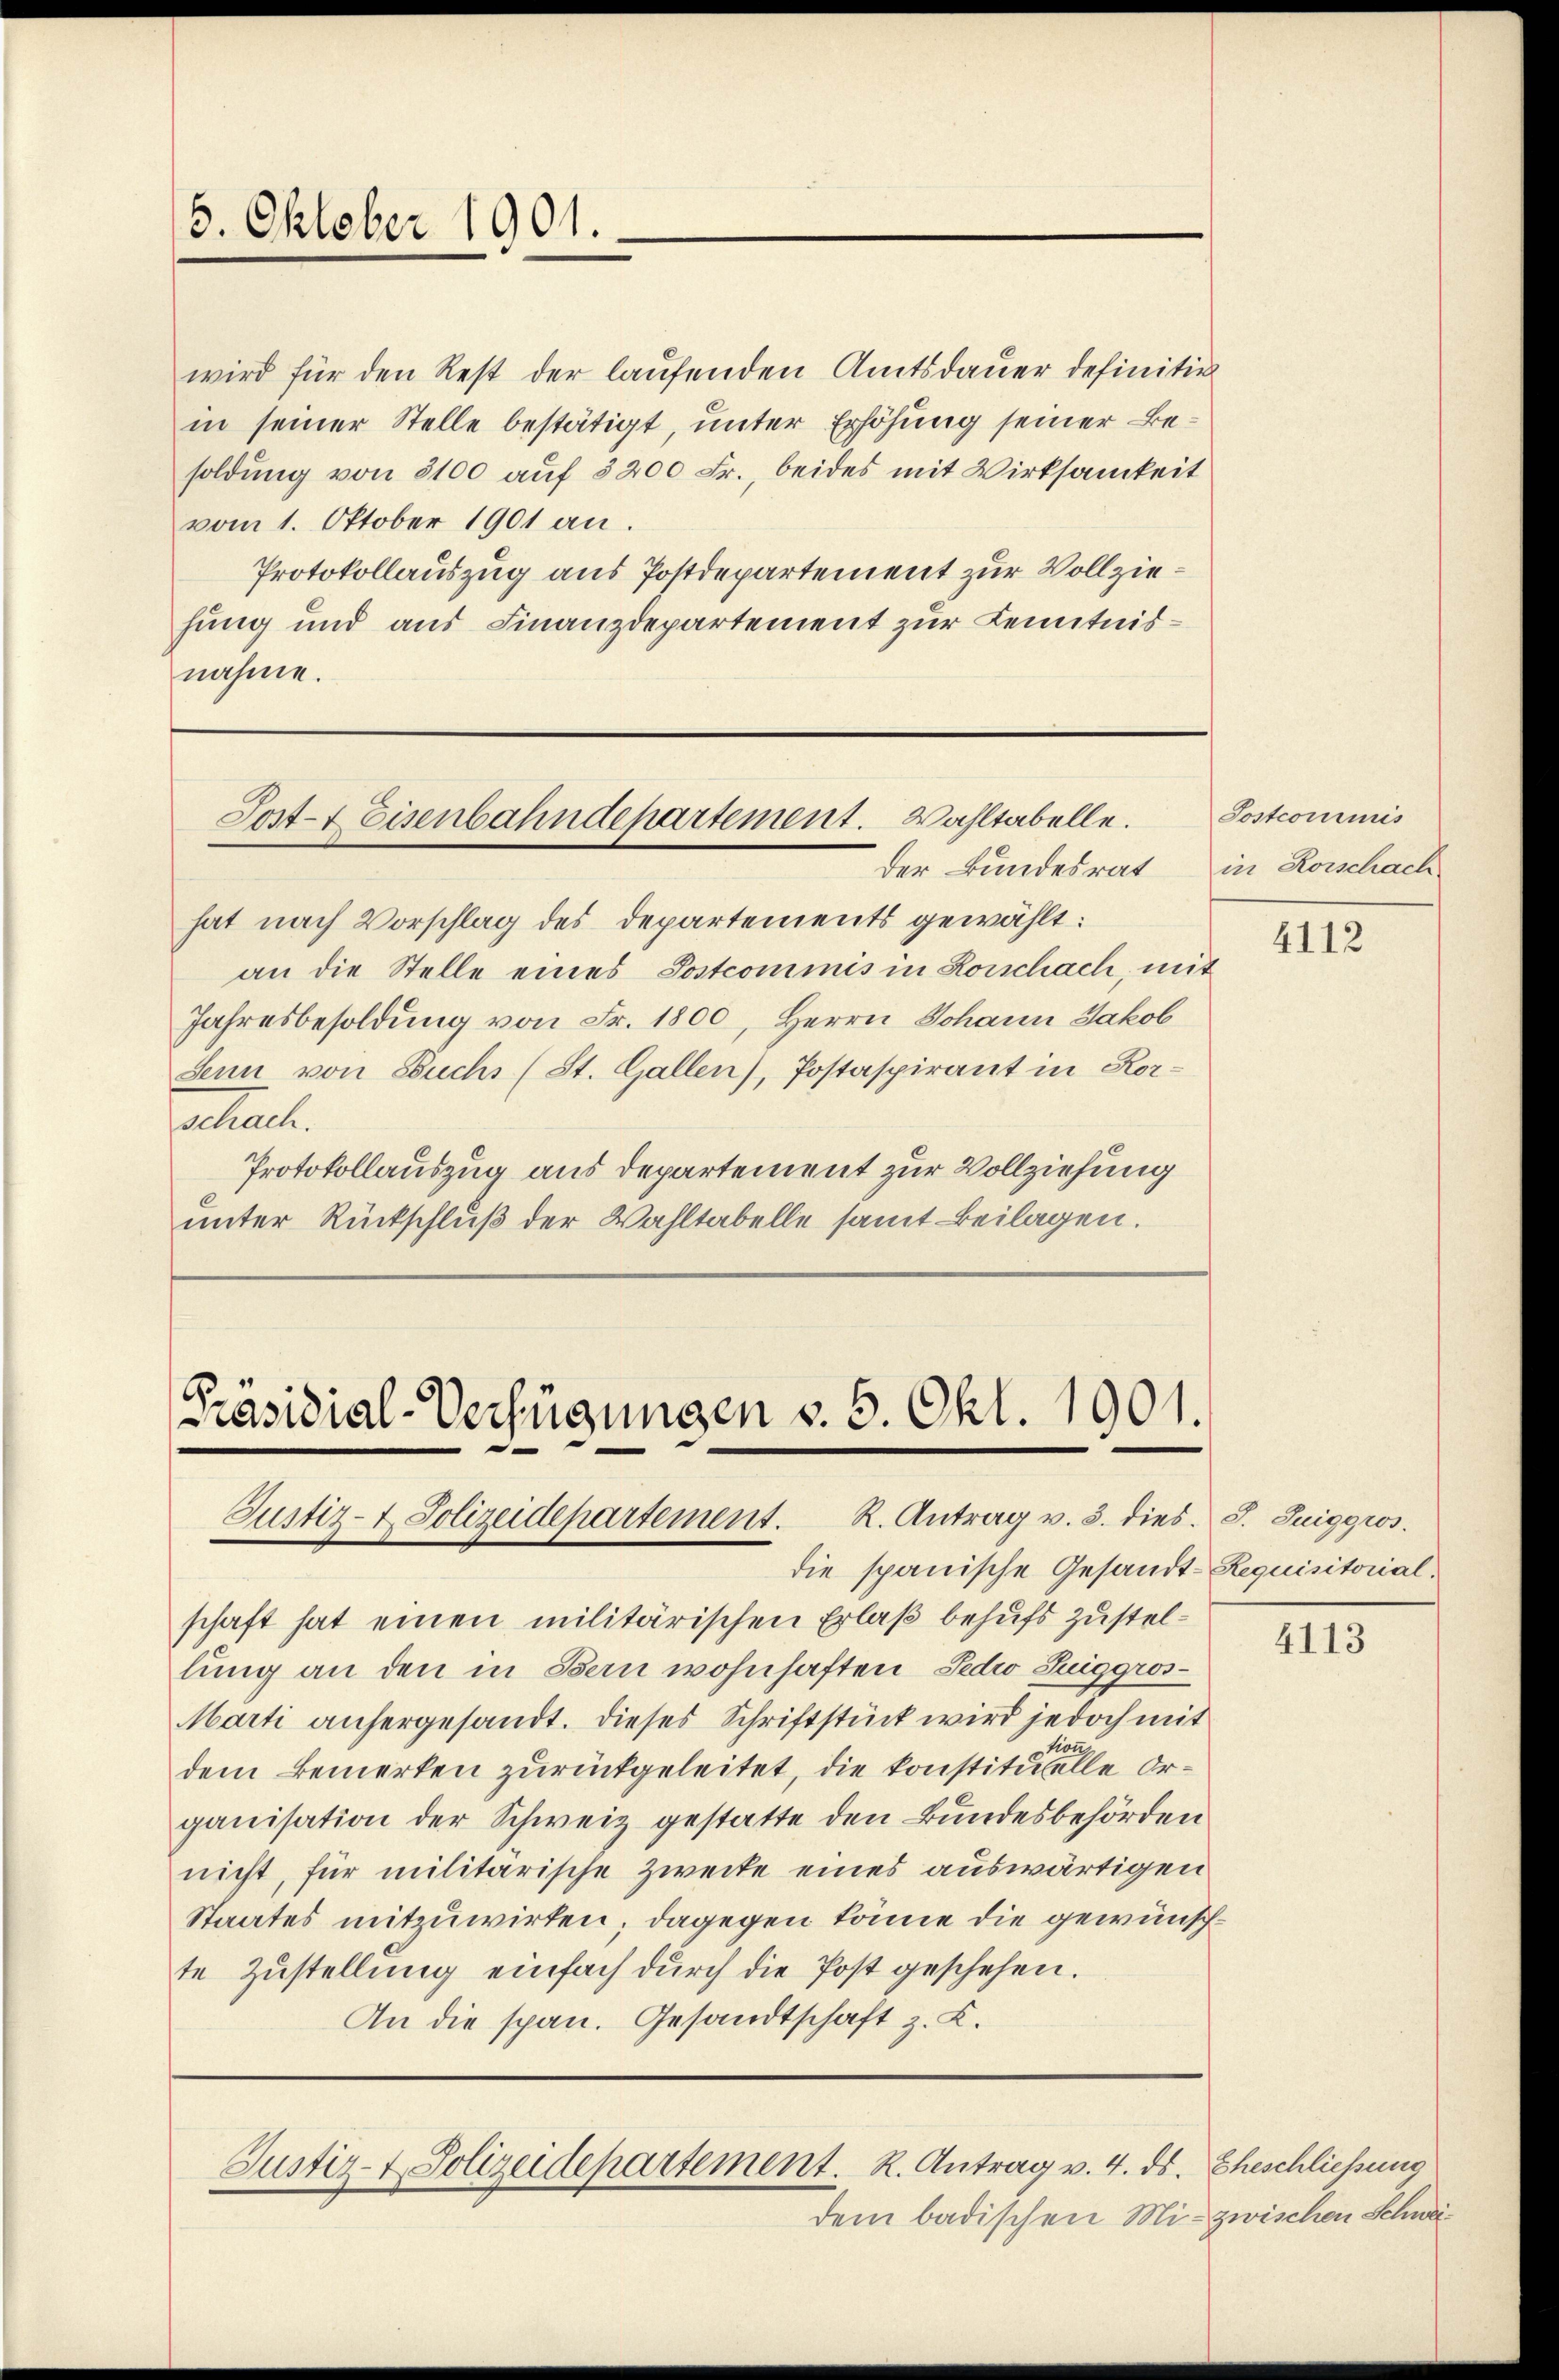
5. Oktober 1901.

Post- & Eisenbahndepartement. Wahltabelle.

Präsidial-Verfügungen v. 5. Okt. 1901.
Justiz- & Polizeidepartement. R. Antrag v. 3. dies. S. Tuiggis.

wird für den Rest der laufenden Amtsdauer definitiv
in seiner Stelle bestätigt, unter Erhöhung seiner Besoldung von 8100 auf 5200 Fr., beides mit Wirksamkeit
vom 1. Oktober 1901 an.
Protokollauszug aus Postdepartement zur Vollziehung und aus Finanzdepartement zur Kenntnisnahme.

Justiz- & Polizeidepartement. R. Antrag v. 4. ds.

dem badischen Mi¬

der Bundesrat
hat nach Vorschlag des Departements gewählt:
an die Stelle eines Postcommis in Korschach, mit
Jahresbesoldung von Fr. 1800, Herrn Johann Jakob
Senn von Buchs (St. Gallen), Postaspirant in Korschach.
Protokollauszug aus Departement zur Vollziehung
unter Rückschluß der Wahltabelle samt Beilagen.

Sostcommis
in Rorschach

die spanische Gesandt-Requisitorialschaft hat einen militärischen Erlaß behufs zustellung an den in Bern wohnhaften Sedio Suiggros¬
Marti anhergesandt. Dieses Schriftstück wird jedoch mit
tion
dem Bemerken zurückgeleitet, die konstituelle Organisation der Schweiz gestatte den Bundesbehörden
nicht, für militarische Zwecke eines auswärtigen
Staates mitzuwirten; dagegen könne die gewünschte Zustellung einfach durch die Post geschehen.
An die span. Gesandtschaft z. K.

4112

4113

Eheschliessung
zwischen Schwei¬